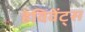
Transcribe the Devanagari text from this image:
हेविवेंट्स